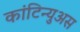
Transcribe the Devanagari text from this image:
कांटिन्युअस